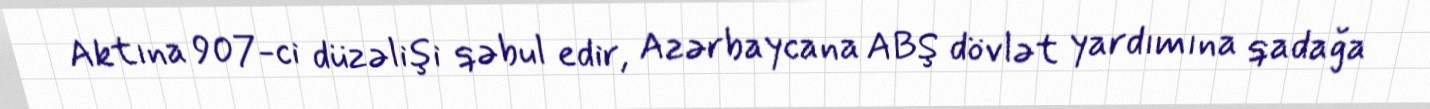
Aktına 907-ci düzəlişi qəbul edir, Azərbaycana ABŞ dövlət yardımına qadağa